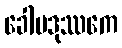
ခေါမဒုဿကေ